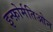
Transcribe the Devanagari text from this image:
इन्फ़ोर्मतिओन